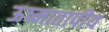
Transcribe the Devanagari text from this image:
ऊष्मातापीय